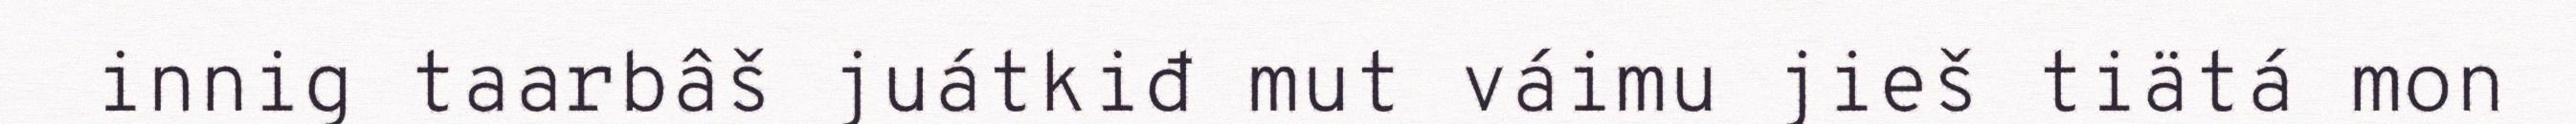
innig taarbâš juátkiđ mut váimu jieš tiätá mon